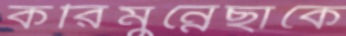
করিমুন্নেছাকে